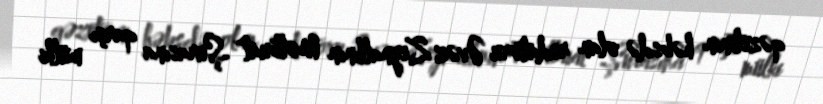
qəzetinin həbsdə olan redatoru Əvəz Zeynallının Mətbuat Şurasına qarşı mülki